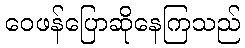
ဝေဖန်ပြောဆိုနေကြသည်